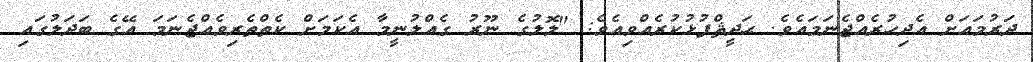
ދަރުމައަށް އެދިހުރެއްޖެނަމައެވެ. ޙަދީޘްފުޅުކުރެއްވިއެވެ: "ލޮލުގެ ނޫރު ގެއްލުނީމާ އެކަމަށް ކެތްތެރިވެއްޖެނަމަ އޭގެ ބަދަލުގައި